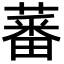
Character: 蕃